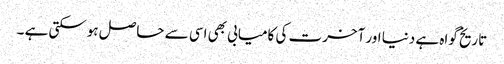
تاریخ گواہ ہے دنیا اور آخرت کی کامیابی بھی اسی سے حاصل ہوسکتی ہے ۔